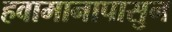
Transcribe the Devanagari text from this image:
हवामानापासुन